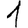
Digit: 1